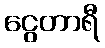
ငွေတာရီ